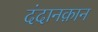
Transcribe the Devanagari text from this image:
दंदानक़ान